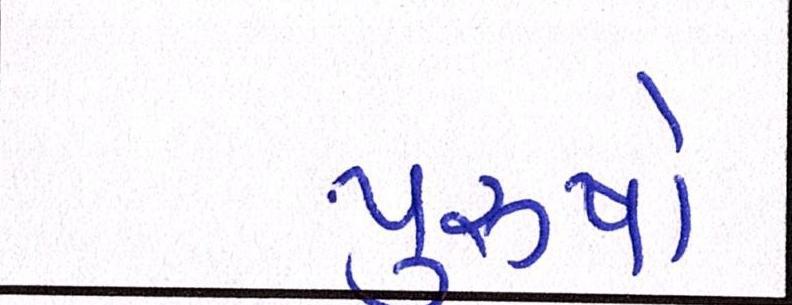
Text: પુરૂષો